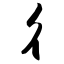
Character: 彳